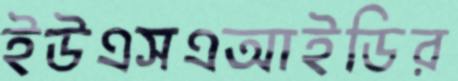
ইউএসএআইডির